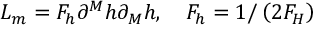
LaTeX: L _ { m } = F _ { h } \partial ^ { M } h \partial _ { M } h , \quad F _ { h } = 1 / \left( 2 F _ { H } \right)